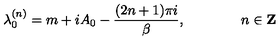
\lambda _ { 0 } ^ { ( n ) } = m + i A _ { 0 } - \frac { ( 2 n + 1 ) \pi i } { \beta } , \qquad \qquad n \in { \bf Z }